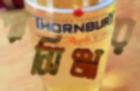
প্যাসিঞ্জার